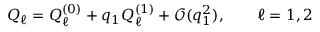
Q _ { \ell } = Q _ { \ell } ^ { ( 0 ) } + q _ { 1 } Q _ { \ell } ^ { ( 1 ) } + \mathcal { O } ( q _ { 1 } ^ { 2 } ) , ~ ~ ~ ~ ~ ~ \ell = 1 , 2